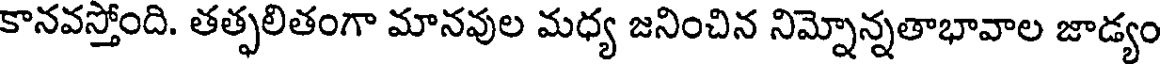
కానవస్తోంది. తత్ఫలితంగా మానవుల మధ్య జనించిన నిమ్నోన్నతాభావాల జాడ్యం